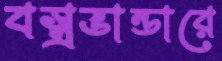
বস্ত্রভান্ডারে